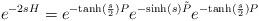
LaTeX: \begin{align*}e^{-2sH} = e^{-{\rm tanh}(\frac{s}{2})P}e^{-{\rm sinh}(s)\tilde{P}}e^{-{\rm tanh}(\frac{s}{2})P}\end{align*}